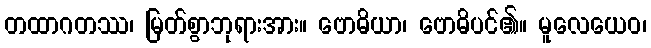
တထာဂတဿ၊ မြတ်စွာဘုရားအား။ ဗောဓိယာ၊ ဗောဓိပင်၏။ မူလေယေဝ၊